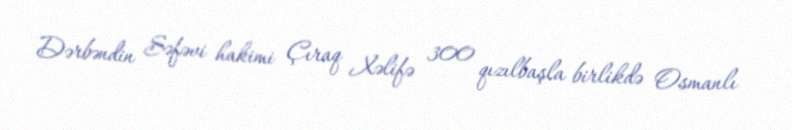
Dərbəndin Səfəvi hakimi Çıraq Xəlifə 300 qızılbaşla birlikdə Osmanlı